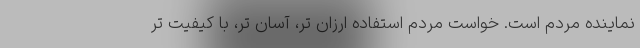
نماینده مردم است. خواست مردم استفاده ارزان تر، آسان تر، با کیفیت تر